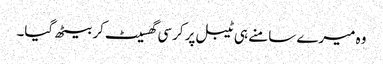
وہ میرے سامنے ہی ٹیبل پر کرسی گھسیٹ کر بیٹھ گیا۔